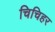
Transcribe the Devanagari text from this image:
चिचिहर